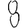
Digit: 8